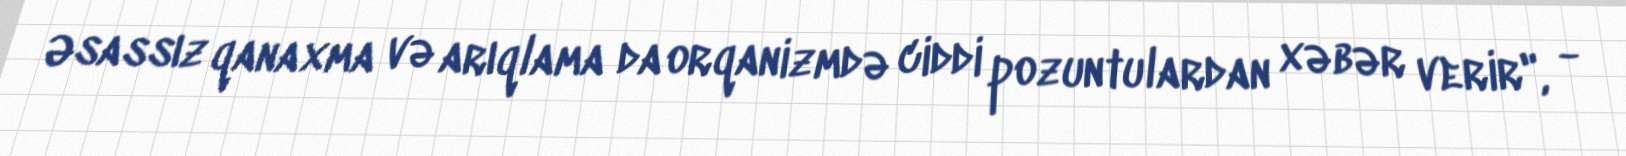
Əsassız qanaxma və arıqlama da orqanizmdə ciddi pozuntulardan xəbər verir", -